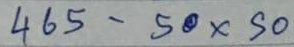
465 - 50x50